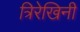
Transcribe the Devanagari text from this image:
त्रिरेखिनी